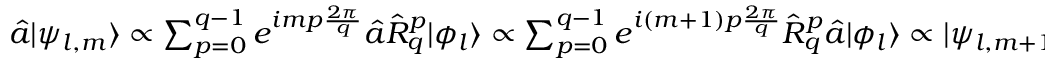
\begin{array} { r } { \hat { a } | \psi _ { l , m } \rangle \propto \sum _ { p = 0 } ^ { q - 1 } e ^ { i m p \frac { 2 \pi } { q } } \hat { a } \hat { R } _ { q } ^ { p } | \phi _ { l } \rangle \propto \sum _ { p = 0 } ^ { q - 1 } e ^ { i ( m + 1 ) p \frac { 2 \pi } { q } } \hat { R } _ { q } ^ { p } \hat { a } | \phi _ { l } \rangle \propto | \psi _ { l , m + 1 } \rangle . } \end{array}